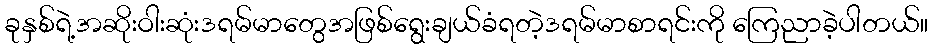
ခုနှစ်ရဲ့အဆိုးဝါးဆုံးဒရမ်မာတွေအဖြစ်ရွေးချယ်ခံရတဲ့ဒရမ်မာစာရင်းကို ကြေညာခဲ့ပါတယ်။